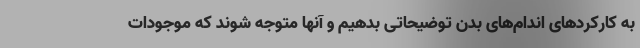
به کارکردهای اندام‌های بدن توضیحاتی بدهیم و آنها متوجه شوند که موجودات